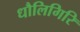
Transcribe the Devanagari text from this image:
धौलिगिरि